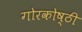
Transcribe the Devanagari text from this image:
गोरकोष्ठी